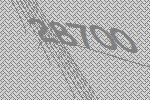
28700